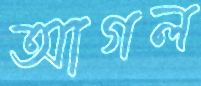
আগল